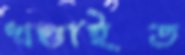
খণ্ডাইত